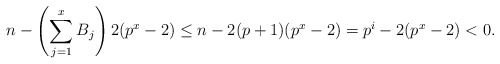
\begin{align*}n - \left(\sum_{j=1}^x B_j \right) 2(p^x-2) \le n - 2(p+1)(p^x-2) = p^i-2(p^x-2) < 0.\end{align*}